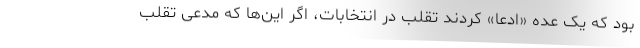
بود که یک عده «ادعا» کردند تقلب در انتخابات، اگر این‌ها که مدعی تقلب